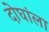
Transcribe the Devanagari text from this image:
दोघांला